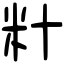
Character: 籵